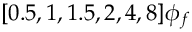
[ 0 . 5 , 1 , 1 . 5 , 2 , 4 , 8 ] \phi _ { f }